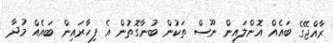
ރާއްޖޭގެ ބައެއް އޮންލައިން ނޫސް ތަކުން ބުނާގޮތުން އެ ފިހާރައިން ބައެއް މުދާ